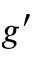
g ^ { \prime }